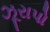
ઝૂરાપો